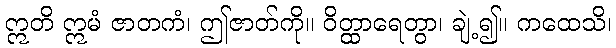
ဣတိ ဣမံ ဇာတကံ၊ ဤဇာတ်ကို။ ဝိတ္ထာရေတွာ၊ ချဲ့၍။ ကထေသိ၊